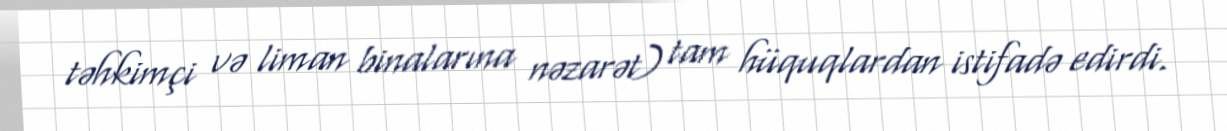
təhkimçi və liman binalarına nəzarət) tam hüquqlardan istifadə edirdi.